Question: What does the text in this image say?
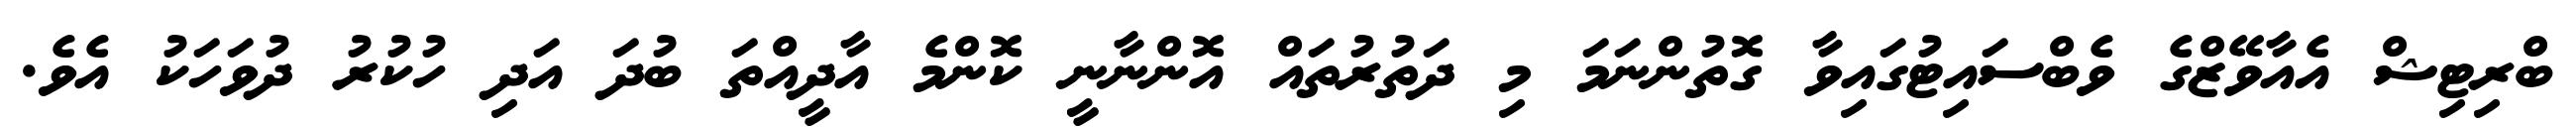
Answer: ބްރިޓިޝް އެއާވޭޒްގެ ވެބްސައިޓުގައިވާ ގޮތުންނަމަ މި ދަތުރުތައް އޮންނާނީ ކޮންމެ އާދީއްތަ ބުދަ އަދި ހުކުރު ދުވަހަކު އެވެ.